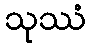
သုဿံ